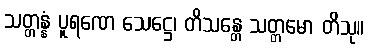
သတ္တန္နံ ပူရဏေ သေဋ္ဌေ၊ တိသန္တေ သတ္တမော တိသု။